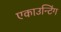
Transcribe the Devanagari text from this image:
एकाउन्टिंग